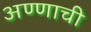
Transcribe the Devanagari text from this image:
अण्णाची